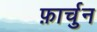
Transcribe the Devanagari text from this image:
फ़ार्चुन